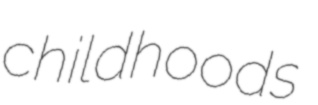
childhoods